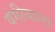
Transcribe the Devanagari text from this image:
यंगीयाना